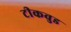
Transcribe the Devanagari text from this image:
टीकवुड